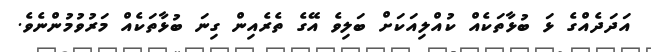
އަދަދެއްގެ ޅަ ބުޅާތަކެއް ކުއްލިއަކަށް ބަލިވެ އޭގެ ތެރެއިން ގިނަ ބުޅާތަކެއް މަރުވުމުންނެވެ.